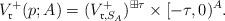
LaTeX: \begin{align*}V_{\frak r}^+(p;A)=(V^+_{\frak r,S_A})^{\boxplus\tau} \times [-\tau,0)^{A}.\end{align*}